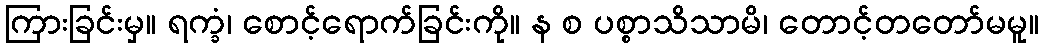
ကြားခြင်းမှ။ ရက္ခံ၊ စောင့်ရောက်ခြင်းကို။ န စ ပစ္စာသိသာမိ၊ တောင့်တတော်မမူ။